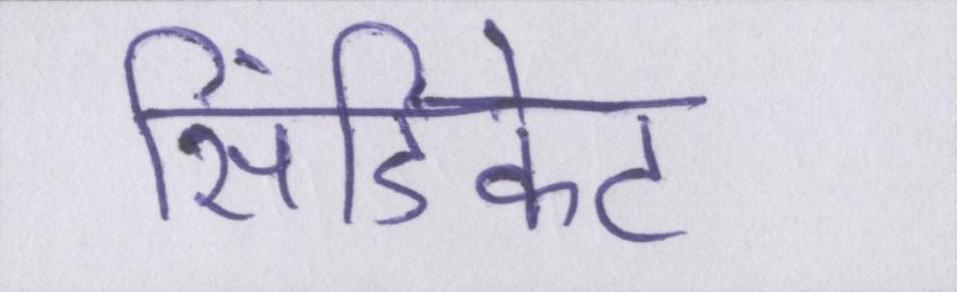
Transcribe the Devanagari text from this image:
सिंडिकेट